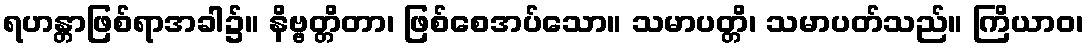
ရဟန္တာဖြစ်ရာအခါ၌။ နိဗ္ဗတ္တိတာ၊ ဖြစ်စေအပ်သော။ သမာပတ္တိ၊ သမာပတ်သည်။ ကြိယာဝ၊